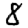
Digit: 8